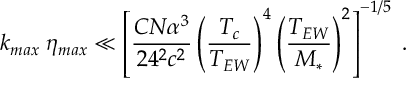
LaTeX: k _ { m a x } \; \eta _ { m a x } \ll \left[ \frac { C N \alpha ^ { 3 } } { 2 4 ^ { 2 } c ^ { 2 } } \left( \frac { T _ { c } } { T _ { E W } } \right) ^ { 4 } \left( \frac { T _ { E W } } { M _ { * } } \right) ^ { 2 } \right] ^ { - 1 / 5 } \; .